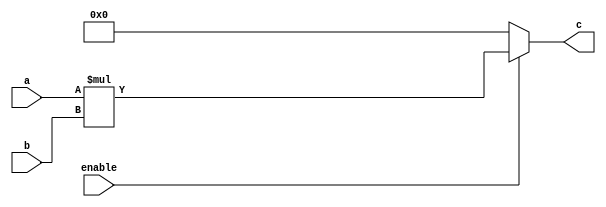
`timescale 1ns / 1ps

module MUL_16(enable,a,b,c);
input enable;
input signed [15:0]a,b;
output reg signed [31:0] c;
always @(*)
if(enable)
    c=a*b;
else
    c=0;
endmodule